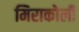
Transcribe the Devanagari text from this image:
मिराकोली